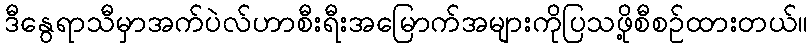
ဒီနွေရာသီမှာအက်ပဲလ်ဟာစီးရီးအမြောက်အများကိုပြသဖို့စီစဉ်ထားတယ်။